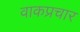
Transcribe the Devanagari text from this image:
वाकप्रचार